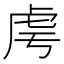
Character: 𧆜